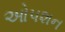
ઓપશન